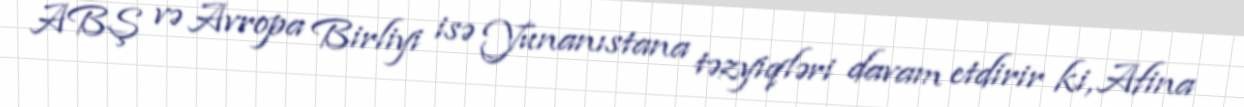
ABŞ və Avropa Birliyi isə Yunanıstana təzyiqləri davam etdirir ki, Afina